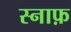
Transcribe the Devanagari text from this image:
स्नाफ़